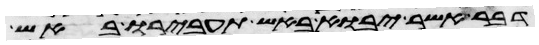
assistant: דבר אשר יבוא באש תעבירו באש